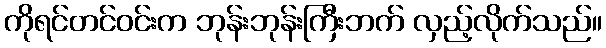
ကိုရင်တင်ဝင်းက ဘုန်းဘုန်းကြီးဘက် လှည့်လိုက်သည်။